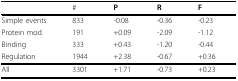
<table><thead><tr><td></td><td><b>#</b></td><td><b>P</b></td><td><b>R</b></td><td><b>F</b></td></tr></thead><tbody><tr><td>Simple events</td><td>833</td><td>-0.08</td><td>-0.36</td><td>-0.23</td></tr><tr><td>Protein mod.</td><td>191</td><td>+0.09</td><td>-2.09</td><td>-1.12</td></tr><tr><td>Binding</td><td>333</td><td>+0.43</td><td>-1.20</td><td>-0.44</td></tr><tr><td>Regulation</td><td>1944</td><td>+2.38</td><td>-0.67</td><td>+0.36</td></tr><tr><td>All</td><td>3301</td><td>+1.71</td><td>-0.73</td><td>+0.23</td></tr></tbody></table>